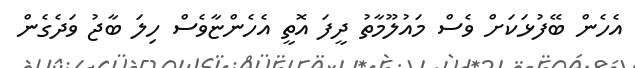
އެހެން ބޭފުޅަކަށް ވެސް މައުލޫމާތު ދީފަ އޮތީ އެހެންޏާވެސް ހިލަ ބާޖު ވަދެގެން